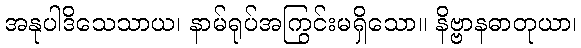
အနုပါဒိသေသာယ၊ နာမ်ရုပ်အကြွင်းမရှိသော။ နိဗ္ဗာနဓာတုယာ၊